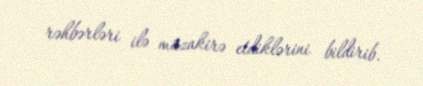
rəhbərləri ilə müzakirə etdiklərini bildirib.